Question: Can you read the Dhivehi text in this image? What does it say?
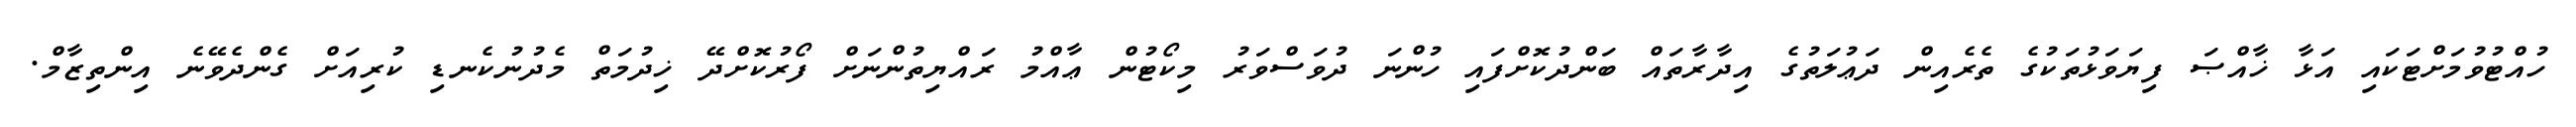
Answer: ހުއްޓުވުމަށްޓަކައި އަޅާ ޚާއްޞަ ފިޔަވަޅުތަކުގެ ތެރެއިން ދަޢުލަތުގެ އިދާރާތައް ބަންދުކޮށްފައި ހުންނަ ދުވަސްވަރު މިކޯޓުން ޢާއްމު ރައްޔިތުންނަށް ފޯރުކޮށްދޭ ޚިދުމަތް މެދުނުކެނޑި ކުރިއަށް ގެންދެވޭނެ އިންތިޒާމް.